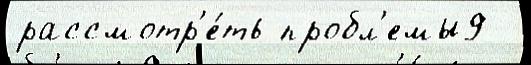
рассмотр'е́ть пробл'емы9